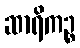
ဆာရိကဉ္စ